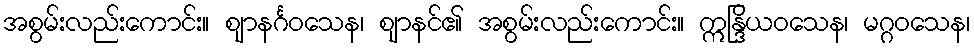
အစွမ်းလည်းကောင်း။ ဈာနင်္ဂဝသေန၊ ဈာနင်၏ အစွမ်းလည်းကောင်း။ ဣန္ဒြိယဝသေန၊ မဂ္ဂဝသေန၊